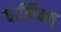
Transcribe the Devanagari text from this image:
चार्मिक्स्